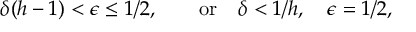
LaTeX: \delta ( h - 1 ) < \epsilon \leq 1 / 2 , \qquad \mathrm { o r } \quad \delta < 1 / h , \quad \epsilon = 1 / 2 ,